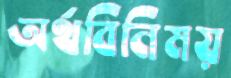
অর্থবিনিময়